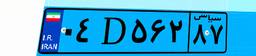
۳۱D۱۱۲۱۰